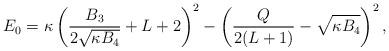
LaTeX: \begin{align*} E_0 = \kappa \left(\frac{B_3}{2 \sqrt{\kappa B_4}} + L +2\right)^2 - \left(\frac{Q}{2(L+1)} - \sqrt{\kappa B_4}\right)^2, \end{align*}